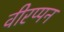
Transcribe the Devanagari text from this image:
वीरप्पन